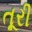
તૂરી